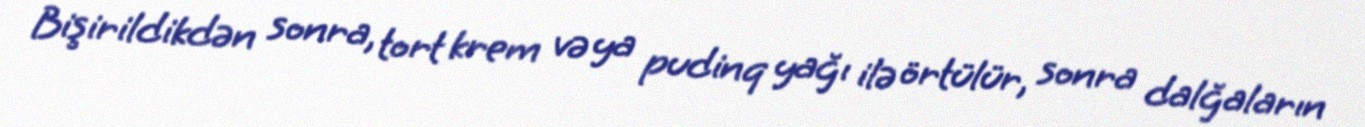
Bişirildikdən sonra, tort krem və ya pudinq yağı ilə örtülür, sonra dalğaların